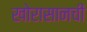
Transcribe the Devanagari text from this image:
खोरासानची